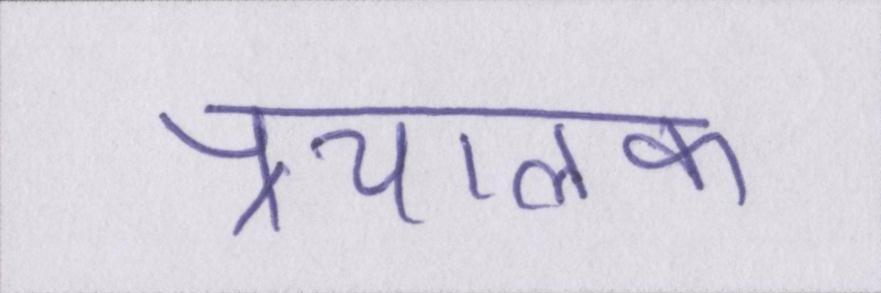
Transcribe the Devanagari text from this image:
प्रचालक